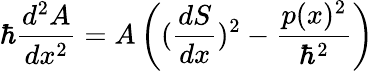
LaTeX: \hbar\frac{d^{2}A}{dx^{2}}=A\left((\frac{dS}{dx})^{2}-\frac{p(x)^{2}}{\hbar^{2}}\right)